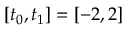
[ t _ { 0 } , t _ { 1 } ] = [ - 2 , 2 ]